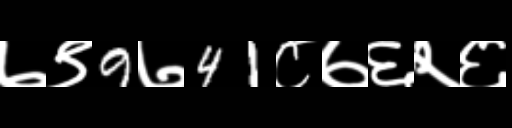
Text: ७९9७41८७६२६